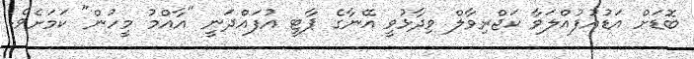
ބޮޑަށް އަޑުއުފުއްލަވާ ކަޖްރިވާލް ވިދާޅުވީ އޭނާގެ ޕާޓީ އުފައްދަނީ "އާއްމު މީހުން" ކަމަށެވެ.